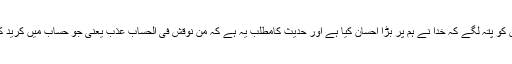
تاکہ ان کو پتہ لگے کہ خدا نے ہم پر بڑا احسان کیا ہے اور حدیث کامطلب یہ ہے کہ من نوقش فی الحساب عذب یعنی جو حساب میں کرید کیا گیا۔